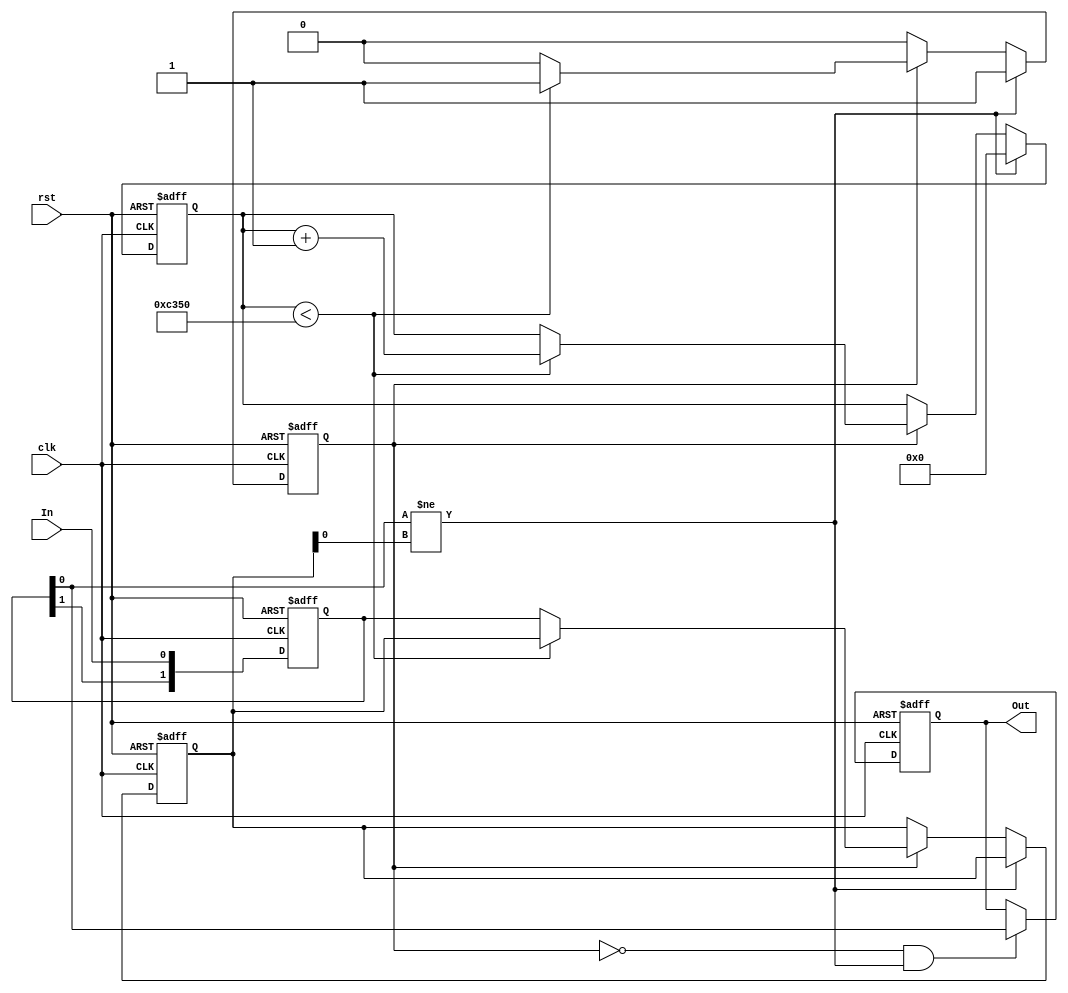
module DebouncedEdgeDetector (
    input wire clk,               // Clock signal
    input wire rst,               // Reset signal
    input wire In,                // Noisy input signal
    output reg Out                // Cleaned output signal
);

    // Parameters for debounce timing
    parameter DEBOUNCE_TIME = 16'd50000; // Adjust this value based on your clock frequency

    // State registers
    reg [1:0] state;               // Current state of input
    reg [1:0] prev_state;          // Previous stable state

    // Debounce counter
    reg [15:0] debounce_counter;    // Counter to track debounce time
    reg debounce_active;            // Flag to indicate debounce active

    // State encoding
    localparam IDLE       = 2'b00; // Idle state
    localparam STABLE     = 2'b01; // Stable state
    localparam CHANGED    = 2'b10; // Change detected

    // Sequential logic for debouncing
    always @(posedge clk or posedge rst) begin
        if (rst) begin
            state <= IDLE;
            prev_state <= IDLE;
            debounce_counter <= 0;
            debounce_active <= 0;
            Out <= 0;
        end else begin
            // Update current state
            state[0] <= In;        // Current input state

            // Update debounce logic
            if (state[0] != prev_state[0]) begin // State has changed
                debounce_counter <= 0; // Reset counter
                debounce_active <= 1;   // Start debounce
            end else if (debounce_active) begin
                if (debounce_counter < DEBOUNCE_TIME) begin
                    debounce_counter <= debounce_counter + 1;
                end else begin
                    debounce_active <= 0; // Stop debounce
                    prev_state <= state;  // Update previous state
                end
            end 

            // Update output based on stable state
            if (!debounce_active && (state[0] != prev_state[0])) begin
                Out <= state[0]; // Update output only on stable change
            end
        end
    end
endmodule